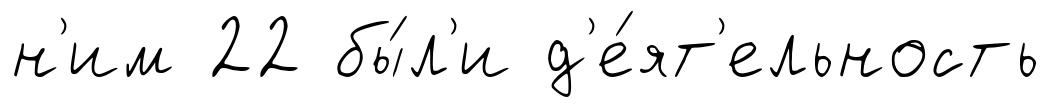
н'им 22 бы́л'и д'е́ят'ельность